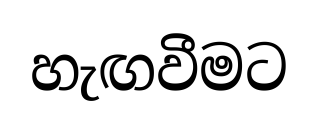
හැඟවීමට